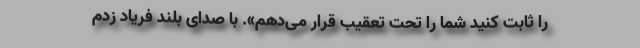
را ثابت کنید شما را تحت تعقیب قرار می‌دهم». با صدای بلند فریاد زدم